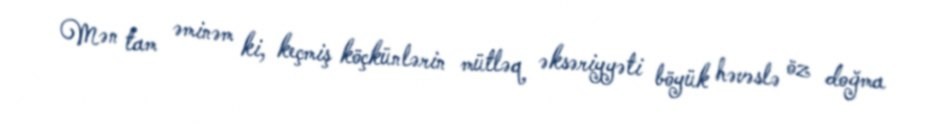
Mən tam əminəm ki, keçmiş köçkünlərin mütləq əksəriyyəti böyük həvəslə öz doğma